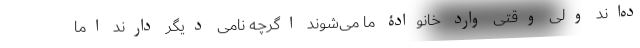
ده‌اند ولی وقتی وارد خانوادۀ ما می‌شوند اگرچه نامی دیگر دارند اما